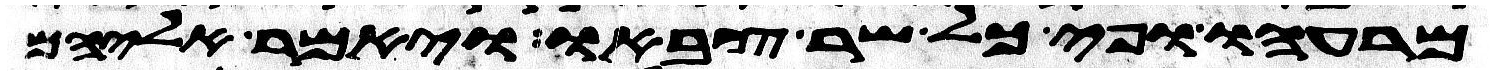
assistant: מרעהו ופיכל שר צבאו ויאמר אליהם